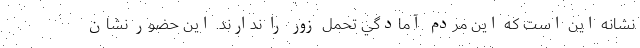
نشانه اين است كه اين مردم آمادگي تحمل زور را ندارند. اين حضور نشان